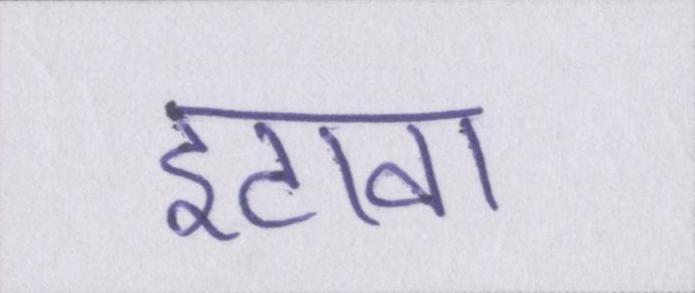
इटावा